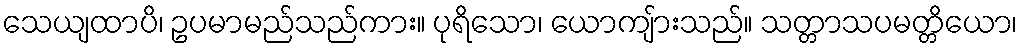
သေယျထာပိ၊ ဥပမာမည်သည်ကား။ ပုရိသော၊ ယောကျ်ားသည်။ သတ္တာသပမတ္တိယော၊